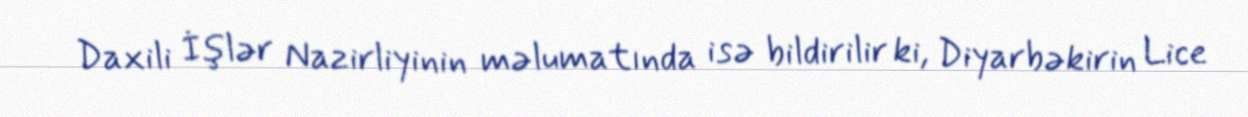
Daxili İşlər Nazirliyinin məlumatında isə bildirilir ki, Diyarbəkirin Lice